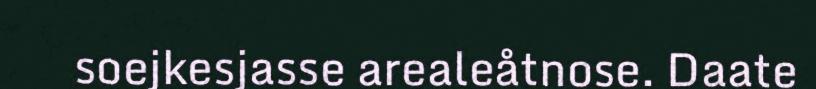
soejkesjasse arealeåtnose. Daate